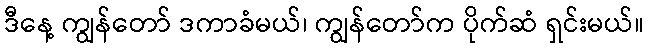
ဒီနေ့ ကျွန်တော် ဒကာခံမယ်၊ ကျွန်တော်က ပိုက်ဆံ ရှင်းမယ်။